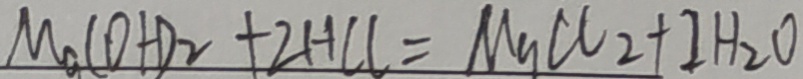
M _ { a } ( O H ) _ { 2 } + 2 H C l = M g C l _ { 2 } + 2 H _ { 2 } O